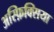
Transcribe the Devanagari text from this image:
अस्फ़िक्सिया